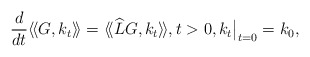
\begin{align*} \frac{d}{d t} \langle\!\langle G, k_t\rangle\!\rangle = \langle\!\langle \widehat{L}G, k_t\rangle\!\rangle, t>0, k_t\bigr|_{t=0}=k_0,\end{align*}